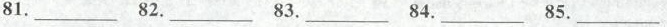
81.__ 82.__ 83.__ 84.__ 85.__